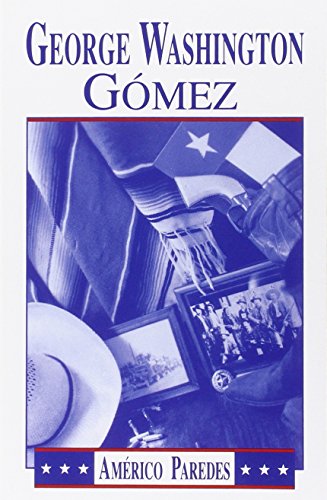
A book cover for George Washington Gomez: A Mexicotexan Novel; Americo Paredes; Literature & Fiction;